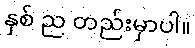
နှစ် ည တည်းမှာပါ။